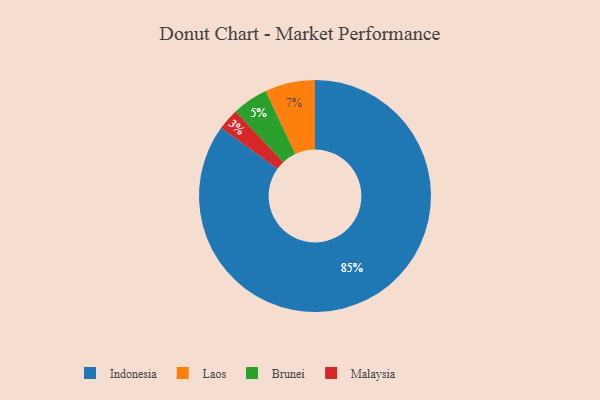
{"axis": {"x": "Category", "y": "Percentage"}, "legend": ["Brunei", "Indonesia", "Laos", "Malaysia"], "data": [{"x": "Laos", "y": 7, "type": "Laos"}, {"x": "Indonesia", "y": 85, "type": "Indonesia"}, {"x": "Brunei", "y": 5, "type": "Brunei"}, {"x": "Malaysia", "y": 3, "type": "Malaysia"}]}